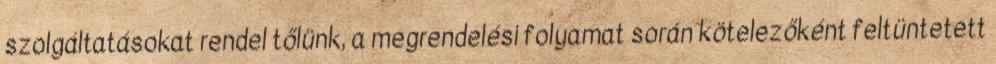
szolgáltatásokat rendel tőlünk, a megrendelési folyamat során kötelezőként feltüntetett